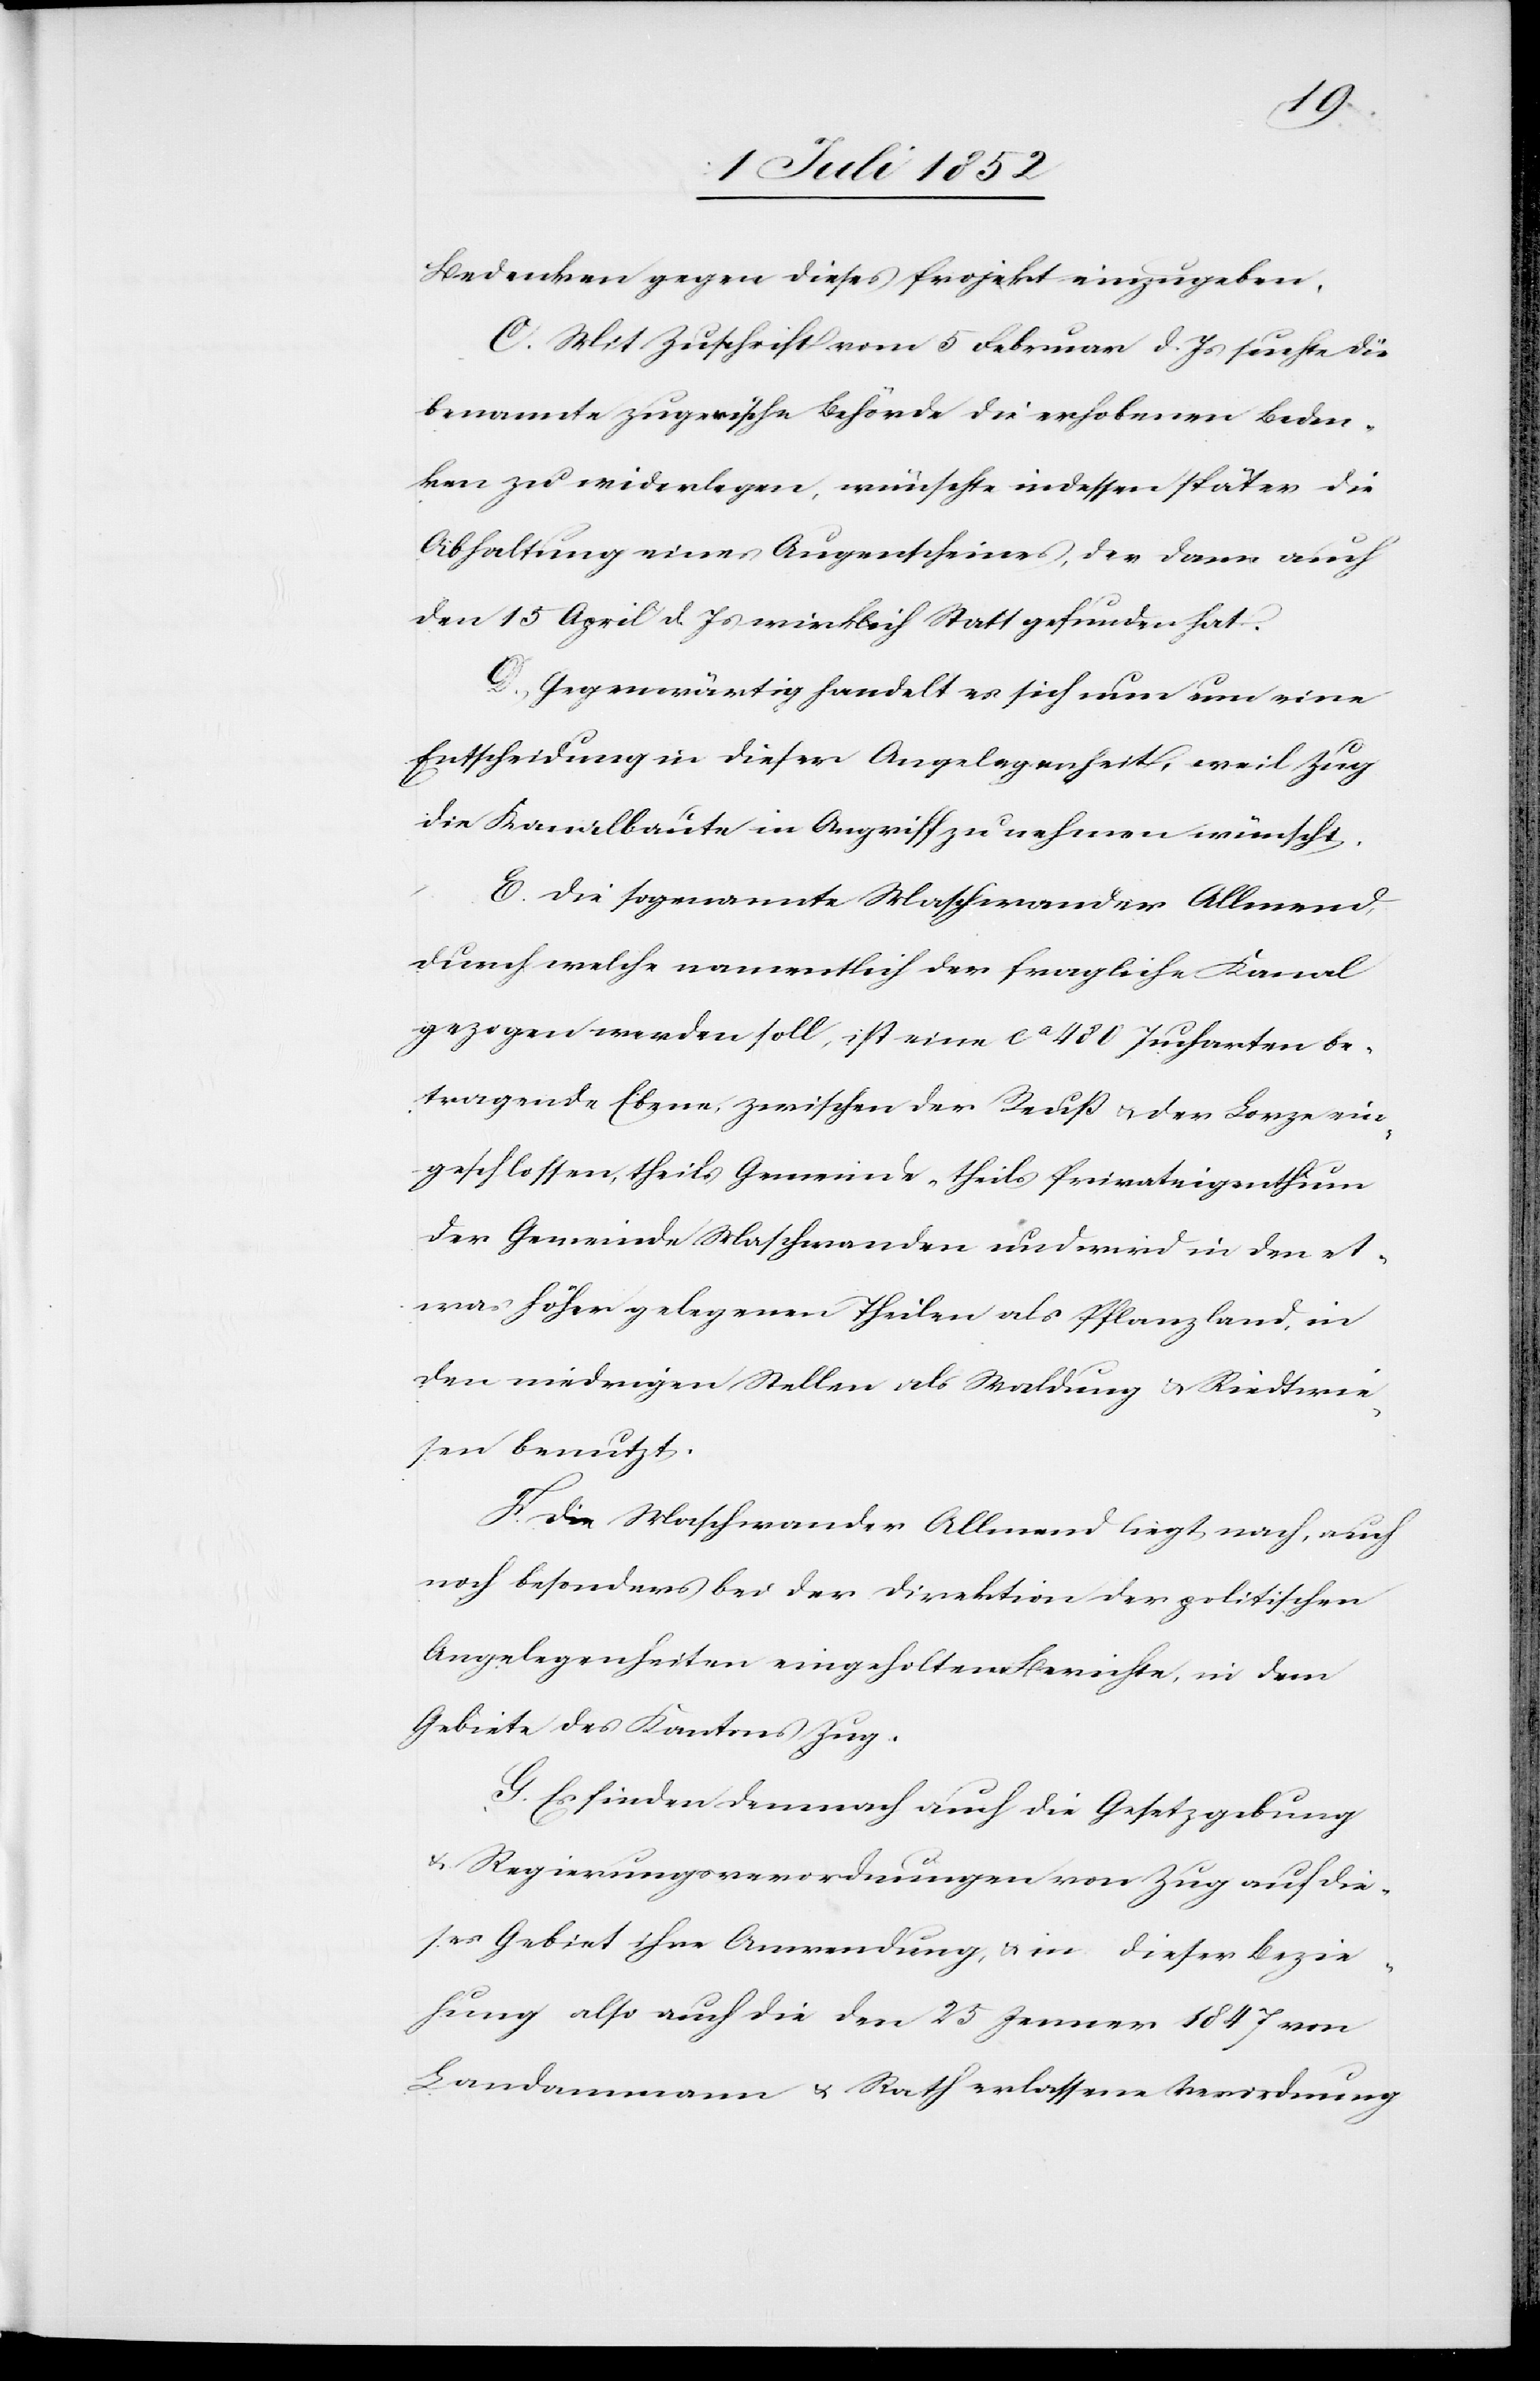
Bedenken gegen dieses Projekt einzugeben.
C. Mit Zuschrift vom 5 Februar d. Js suchte die
benannte zugerische Behörde die erhobenen Beden¬
ken zu widerlegen, wünschte indessen später die
Abhaltung eines Augenscheines, der dann auch
den 15 April d. Js wirklich Statt gefunden hat.
D., Gegenwärtig handelt es sich nun um eine
Entscheidung in dieser Angelegenheit, weil Zug
die Kanalbaute in Angriff zu nehmen wünscht.
E. Die sogenannte Maschwander Allmend,
durch welche namentlich der fragliche Kanal
gezogen werden soll, ist eine ca 480 Jucharten be¬
tragende Ebene, zwischen der Reuß & der Lorze ein¬
geschlossen, theils Gemeinde- theils Privateigenthum
der Gemeinde Maschwanden und wird in den et¬
was höher gelegenen Theilen als Pflanzland, in
den niedrigen Stellen als Waldung & Riedtwie¬
sen benutzt.
F. Die Maschwander Allmend liegt nach, auch
noch besonders bei der Direktion der politischen
Angelegenheiten eingeholtem Berichte, in dem
Gebiete des Kantons Zug.
G. Es finden demnach auch die Gesetzgebung
& Regierungsverordnungen von Zug auf die¬
ses Gebiet ihre Anwendung, & in dieser Bezie¬
hung also auch die den 25 Jenner 1847 von
Landammann & Rath erlassene Verordnung